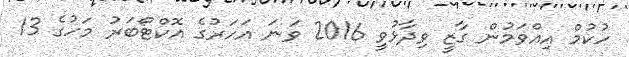
ހުކުމް އިއްވަމުން ގާޒީ ވިދާޅުވީ 2016 ވަނަ އަހަރުގެ އޮކްޓޯބަރު މަހުގެ 13